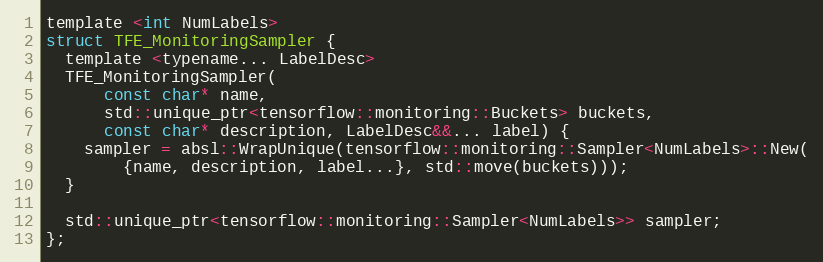
Language: C
template <int NumLabels>
struct TFE_MonitoringSampler {
  template <typename... LabelDesc>
  TFE_MonitoringSampler(
      const char* name,
      std::unique_ptr<tensorflow::monitoring::Buckets> buckets,
      const char* description, LabelDesc&&... label) {
    sampler = absl::WrapUnique(tensorflow::monitoring::Sampler<NumLabels>::New(
        {name, description, label...}, std::move(buckets)));
  }

  std::unique_ptr<tensorflow::monitoring::Sampler<NumLabels>> sampler;
};